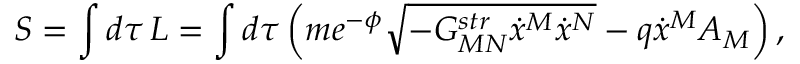
S = \int d \tau \, L = \int d \tau \left( m e ^ { - \phi } \sqrt { - G _ { M N } ^ { s t r } \dot { x } ^ { M } \dot { x } ^ { N } } - q \dot { x } ^ { M } A _ { M } \right) ,